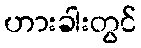
ဟားခါးတွင်